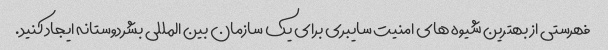
فهرستی از بهترین شیوه های امنیت سایبری برای یک سازمان بین المللی بشردوستانه ایجاد کنید.